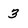
Character: 3